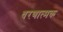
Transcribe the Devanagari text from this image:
धरणात्मक